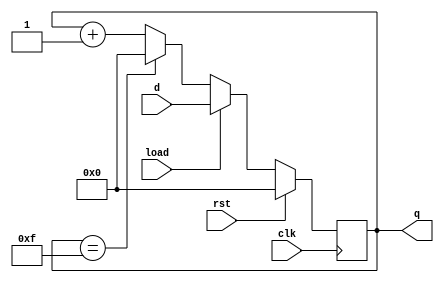
//3.Write an RTL description for 4-bit synchronous loadable up counter and verify using test bench.
module upcounter(input [0:3] d, input load,clk,rst,output reg [0:3]q);

always@(posedge clk)
begin
if(rst)
q<=4'b0;
else if(load == 1'b1)
q<=d;
else if(q==4'b1111)
q<= 4'b0;
else 
q<=q+1'b1;
end

endmodule